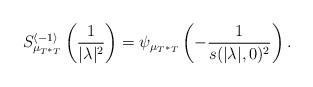
LaTeX: \begin{align*} S_{\mu_{T^*T}}^{\langle -1\rangle}\left(\frac{1}{|\lambda|^{2}}\right)=\psi_{\mu_{T^*T}}\left(-\frac{1}{s(|\lambda|,0)^2}\right).\end{align*}